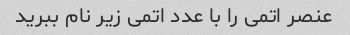
عنصر اتمی را با عدد اتمی زیر نام ببرید